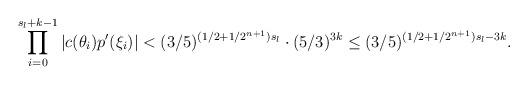
LaTeX: \begin{align*}\prod \limits^{s_l + k-1}_{i = 0} |c(\theta_i)p'(\xi_i)| < (3/5)^{(1/2 + 1/2^{n+1})s_l} \cdot (5/3)^{3k} \leq (3/5)^{(1/2 + 1/2^{n+1})s_l - 3k}.\end{align*}